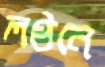
লণ্ঠনে